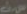
ست